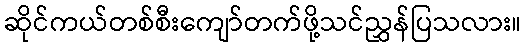
ဆိုင်ကယ်တစ်စီးကျော်တက်ဖို့သင်ညွှန်ပြသလား။